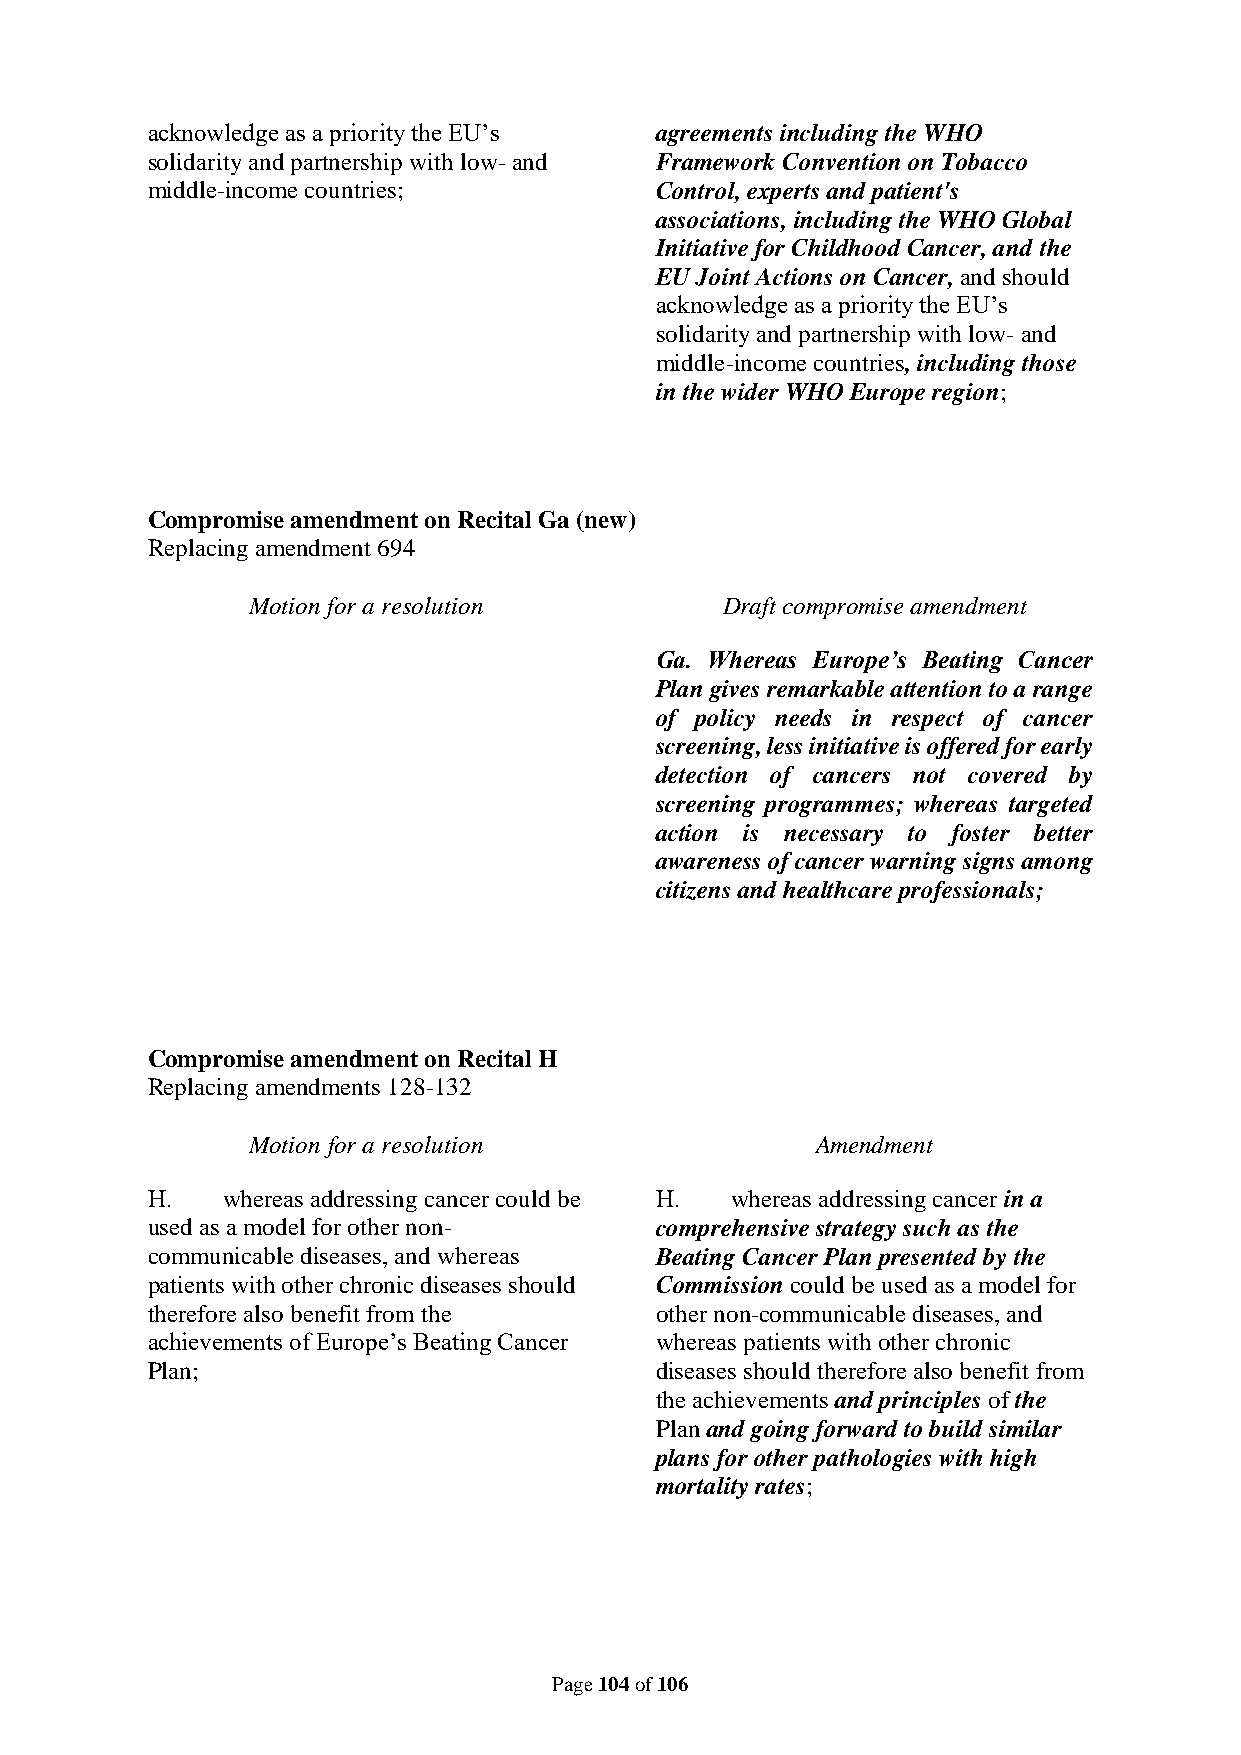
acknowledge as a priority the EU’s agreements including the WHO
 solidarity and partnership with low- and Framework Convention on Tobacco
 middle-income countries;         Control, experts and patient's
 associations, including the WHO Global
 Initiative for Childhood Cancer, and the
 EU Joint Actions on Cancer, and should
 acknowledge as a priority the EU’s
 solidarity and partnership with low- and
 middle-income countries, including those
 in the wider WHO Europe region;
 Compromise amendment on Recital Ga (new)
 Replacing amendment 694
 Motion for a resolution         Draft compromise amendment
 Ga. Whereas Europe’s Beating Cancer
 Plan gives remarkable attention to a range
 of policy needs in respect of cancer
 screening, less initiative is offered for early
 detection of cancers not covered by
 screening programmes; whereas targeted
 action is necessary to foster better
 awareness of cancer warning signs among
 citizens and healthcare professionals;
 Compromise amendment on Recital H
 Replacing amendments 128-132
 Motion for a resolution               Amendment
 H.   whereas addressing cancer could be H. whereas addressing cancer in a
 used as a model for other non-   comprehensive strategy such as the
 communicable diseases, and whereas Beating Cancer Plan presented by the
 patients with other chronic diseases should Commission could be used as a model for
 therefore also benefit from the  other non-communicable diseases, and
 achievements of Europe’s Beating Cancer whereas patients with other chronic
 Plan;                            diseases should therefore also benefit from
 the achievements and principles of the
 Plan and going forward to build similar
 plans for other pathologies with high
 mortality rates;
 Page 104 of 106